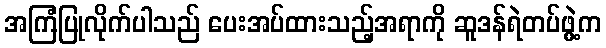
အကြံပြုလိုက်ပါသည် ပေးအပ်ထားသည့်အရာကို ဆူဒန်ရဲတပ်ဖွဲ့က